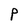
Character: p